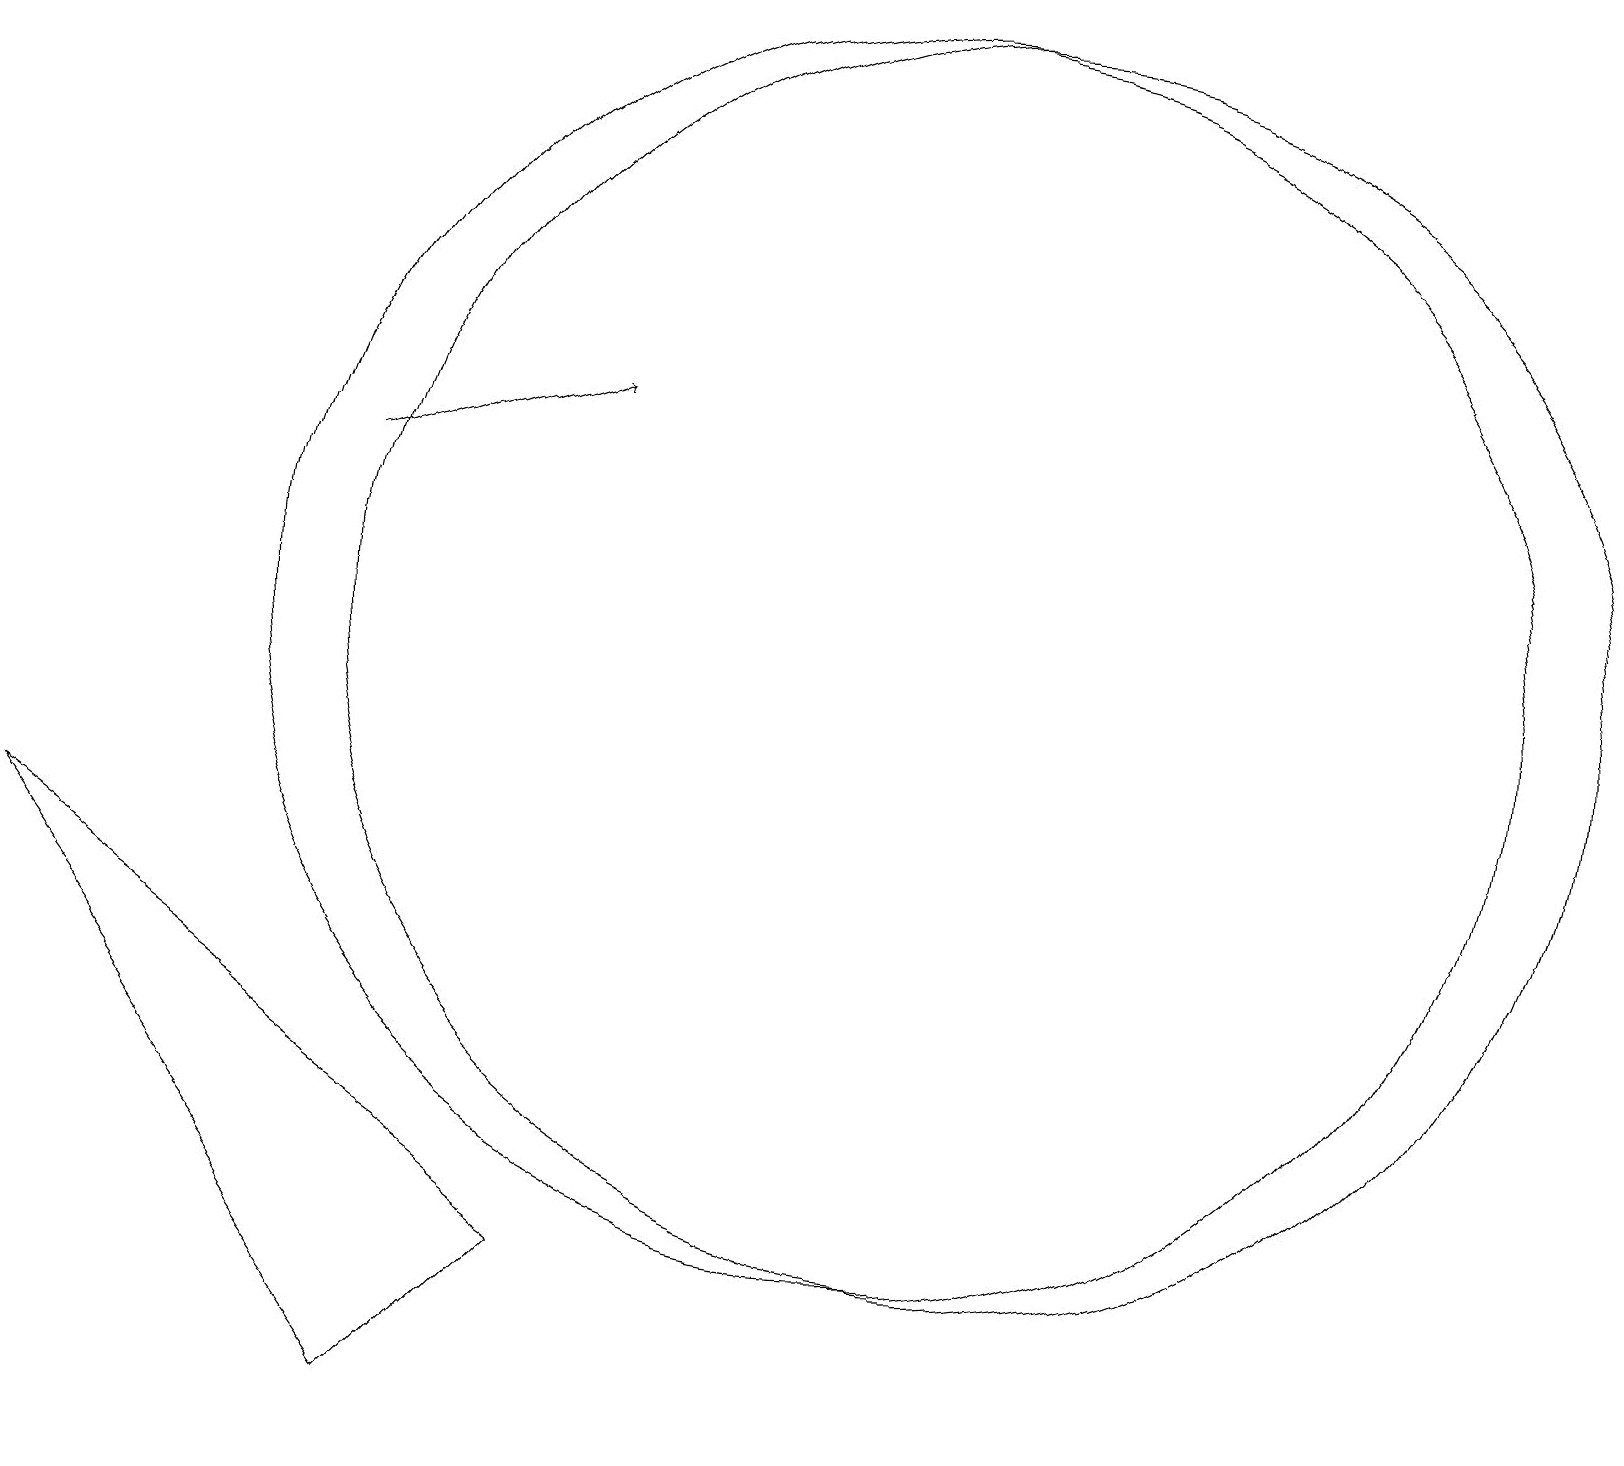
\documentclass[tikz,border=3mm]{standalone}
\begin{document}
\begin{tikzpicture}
\draw[->] (4,12) -- (7,13);
\draw (12,10) circle (8);
\draw (11,10) circle (8);
\draw (5,0) -- (0,7) -- (7,2) -- cycle;
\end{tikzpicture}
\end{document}